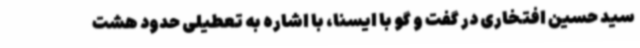
سید حسین افتخاری در گفت و گو با ایسنا، با اشاره به تعطیلی حدود هشت